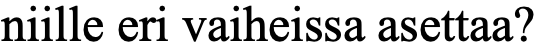
niille eri vaiheissa asettaa?